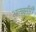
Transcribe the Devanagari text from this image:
अलबुसीरी